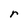
Character: r